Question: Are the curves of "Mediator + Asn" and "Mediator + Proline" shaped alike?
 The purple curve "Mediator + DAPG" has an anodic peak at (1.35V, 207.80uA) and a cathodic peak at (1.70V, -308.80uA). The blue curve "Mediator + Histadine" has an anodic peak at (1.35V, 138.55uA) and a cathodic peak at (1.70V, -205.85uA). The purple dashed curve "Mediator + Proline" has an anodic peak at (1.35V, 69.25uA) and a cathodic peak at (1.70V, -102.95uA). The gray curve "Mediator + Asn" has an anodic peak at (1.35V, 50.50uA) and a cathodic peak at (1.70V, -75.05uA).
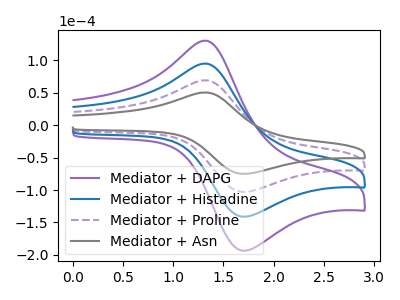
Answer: <think>All the peaks in "Mediator + Asn" have a peak in "Mediator + Proline" at the same potential. Every peak in "Mediator + Asn" is lower than every peak in "Mediator + Proline".
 </think>
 <answer>"Mediator + Asn" and "Mediator + Proline" are similar in shape.</answer>
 <eval>same_shape</eval>